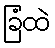
ခြံထဲ